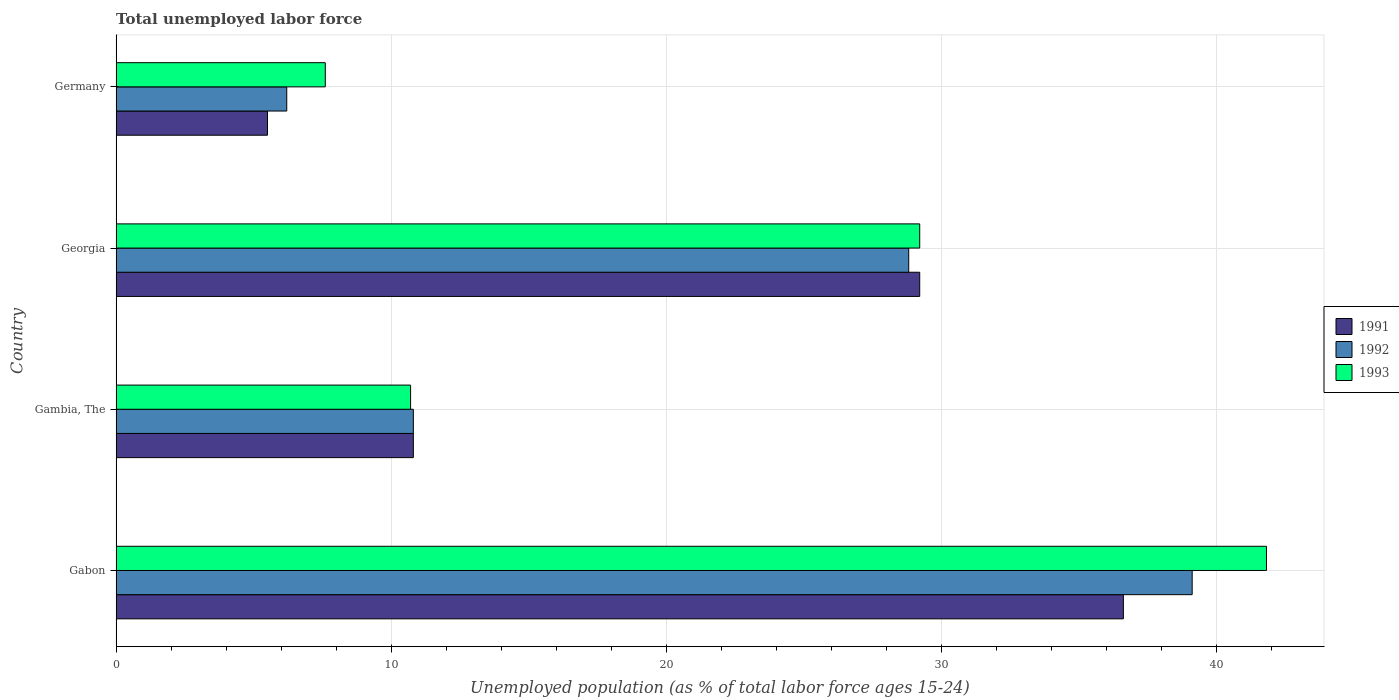
| Country | 1991 | 1992 | 1993 |
 | --- | --- | --- | --- |
 | Gabon | 36.6 | 39.1 | 41.8 |
 | Gambia, The | 10.8 | 10.8 | 10.7 |
 | Georgia | 29.2 | 28.8 | 29.2 |
 | Germany | 5.5 | 6.2 | 7.6 |